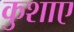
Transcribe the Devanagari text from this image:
कुशाए